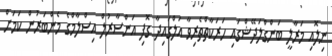
ނިލޮއި މަރާލީ ބަންގްލަދޭޝްގައި ހަރަކާތްތެރިވާ އަލްގައިދާ ގޮފި އަންސާރުލް އިސްލާމްގެ މެންބަރުން ކަމަށް